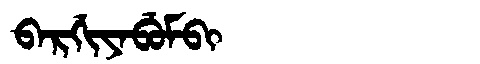
Manchu: ᠪᠠᡵᡤᡳᠶᠠᠪᡠᠮᠪᡳ
Romanization: BARGIYABUMBI